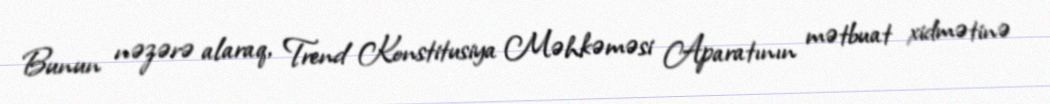
Bunun nəzərə alaraq, Trend Konstitusiya Məhkəməsi Aparatının mətbuat xidmətinə